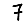
Digit: 7